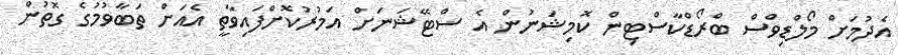
އެދުމަށް މޯލްޑިވްސް ބްރޯޑްކާސްޓިން ކޮމިޝަނުން އެ ސްޓޭޝަނަށް އަމުރުކޮށްފައިވާތީ އެއަށް ތަބާވުމުގެ ގޮތުން